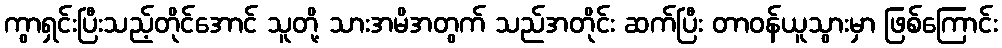
ကွာရှင်းပြီးသည့်တိုင်အောင် သူတို့ သားအမိအတွက် သည်အတိုင်း ဆက်ပြီး တာဝန်ယူသွားမှာ ဖြစ်ကြောင်း